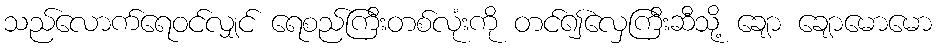
သည်လောက်ရေဝင်လျှင် ရေစည်ကြီးတစ်လုံးကို တင်၍လှေကြီးဆီသို့ ချော ချောမောမော